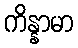
ကိန္နာမာ